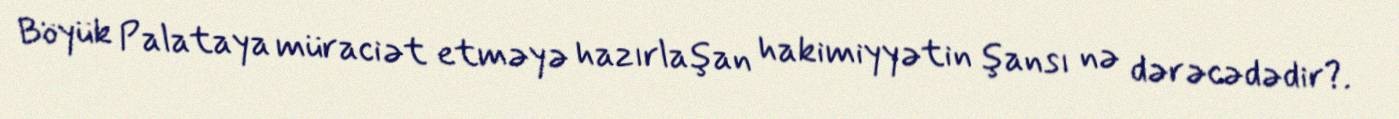
Böyük Palataya müraciət etməyə hazırlaşan hakimiyyətin şansı nə dərəcədədir?.